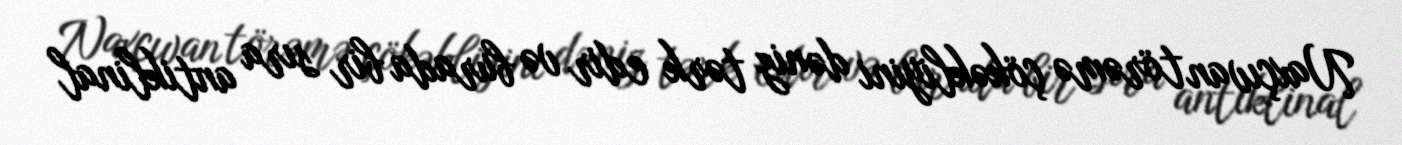
Naxçıvan törəmə çökəkliyini dəniz tərk edir və burada bir sıra antiklinal